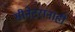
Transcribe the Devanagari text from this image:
सीनेटरांनाही